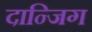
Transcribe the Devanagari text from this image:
दान्जिग